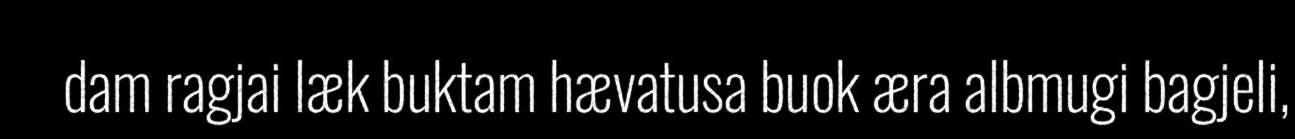
dam ragjai læk buktam hævatusa buok æra albmugi bagjeli,